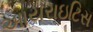
આયરાઇટિસ